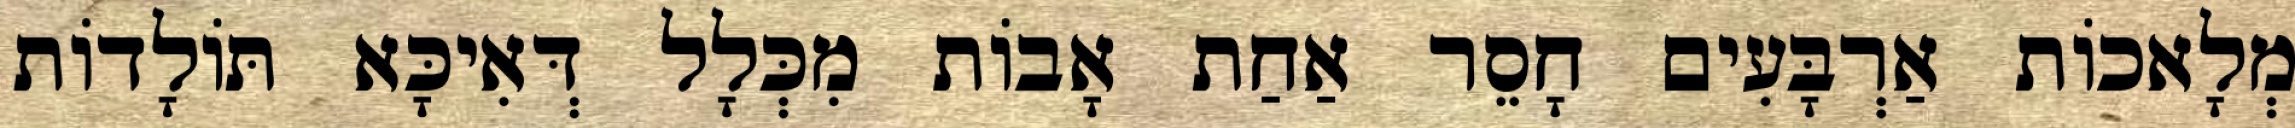
מְלָאכוֹת אַרְבָּעִים חָסֵר אַחַת אָבוֹת מִכְּלָל דְּאִיכָּא תּוֹלָדוֹת